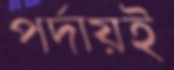
পর্দায়ই